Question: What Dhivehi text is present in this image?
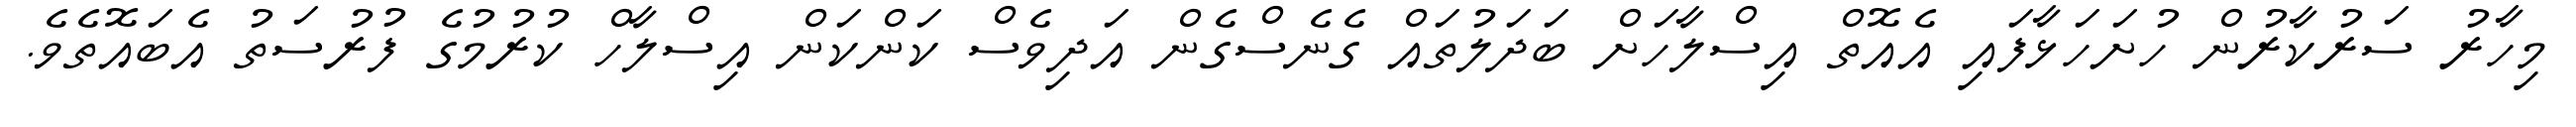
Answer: މިހާރު ސަރުކާރުން ހުށަހަޅާފައި އެއޮތް އިސްލާހަށް ބަދަލުތައް ގެނެސްގެން އަދިވެސް ކަންކަން އިސްލާހް ކުރުމުގެ ފުރުސަތު އެބައޮތެވެ.